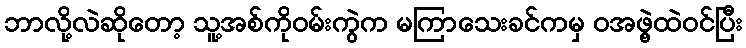
ဘာလို့လဲဆိုတော့ သူ့အစ်ကိုဝမ်းကွဲက မကြာသေးခင်ကမှ ဝအဖွဲ့ထဲဝင်ပြီး